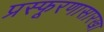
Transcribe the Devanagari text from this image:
प्रस्फूरणासारखा